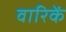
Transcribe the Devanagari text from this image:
वारिकें